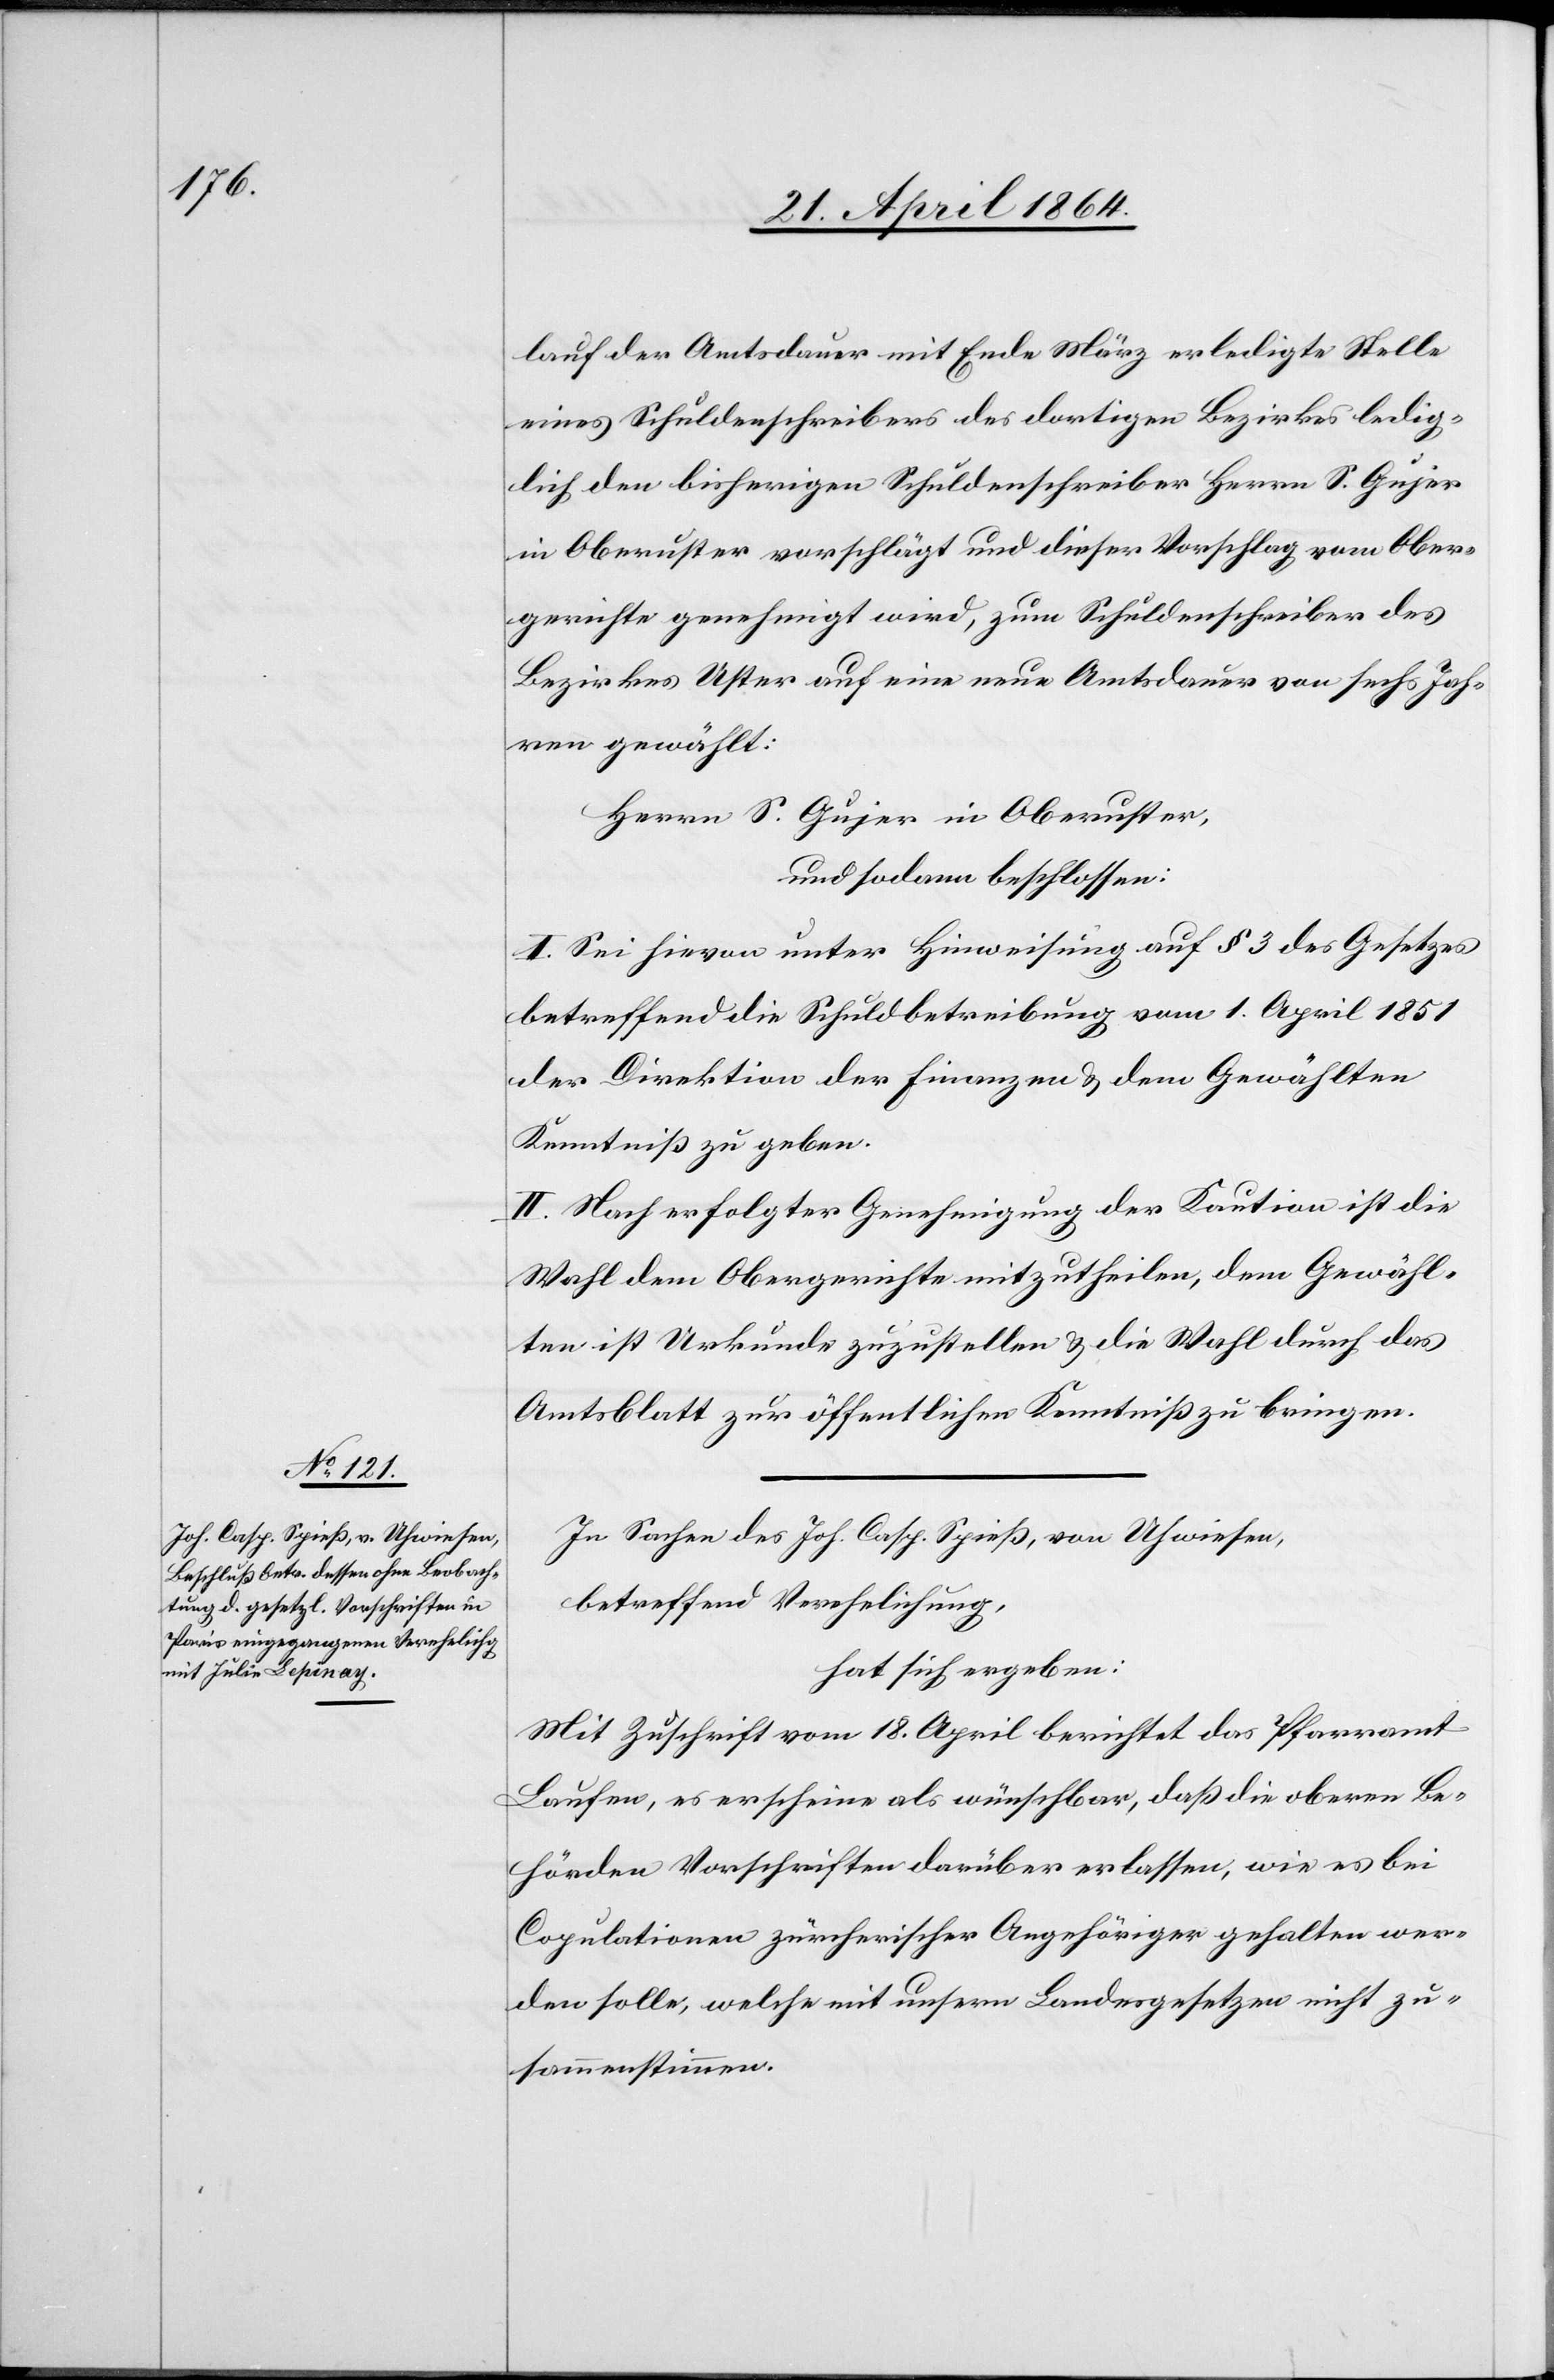
lauf der Amtsdauer mit Ende März erledigte Stelle
eines Schuldenschreibers des dortigen Bezirkes ledig¬
lich den bisherigen Schuldenschreiber Herrn S. Gujer
in Oberuster vorschlägt und dieser Vorschlag vom Ober¬
gerichte genehmigt wird, zum Schuldenschreiber des
Bezirkes Uster auf eine neue Amtsdauer von sechs Jah¬
ren gewählt:
Herrn S. Gujer in Oberuster,
und sodann beschlossen:
I. Sei hievon unter Hinweisung auf § 3 des Gesetzes
betreffend die Schulbetreibung vom 1. April 1851
der Direktion der Finanzen u. dem Gewählten
Kenntniß zu geben.
II. Nach erfolgter Genehmigung der Kaution ist die
Wahl dem Obergerichte mitzutheilen, dem Gewähl¬
ten ist Urkunde zuzustellen u. die Wahl durch das
Amtsblatt zur öffentlichen Kenntniß zu bringen.
In Sachen des Joh. Casp. Spieß, von Uhwiesen,
betreffend Verehelichung,
hat sich ergeben:
Mit Zuschrift vom 18. April berichtet das Pfarramt
Laufen, es erscheine als wünschbar, daß die oberen Be¬
hörden Vorschriften darüber erlassen, wie es bei
Copulationen zürcherischer Angehöriger gehalten wer¬
den solle, welche mit unsern Landesgesetzen nicht zu¬
sammenstimmen.